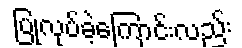
ပြုလုပ်ခဲ့ကြောင်းလည်း